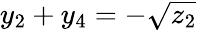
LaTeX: y_{2}+y_{4}=-\sqrt{z_{2}}